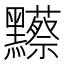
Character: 𪒼